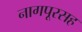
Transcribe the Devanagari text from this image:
नागपूरसह